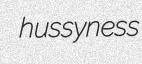
hussyness